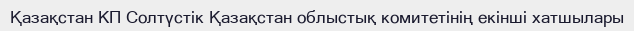
Қазақстан КП Солтүстік Қазақстан облыстық комитетінің екінші хатшылары